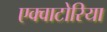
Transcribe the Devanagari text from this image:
एक्वाटोरिया